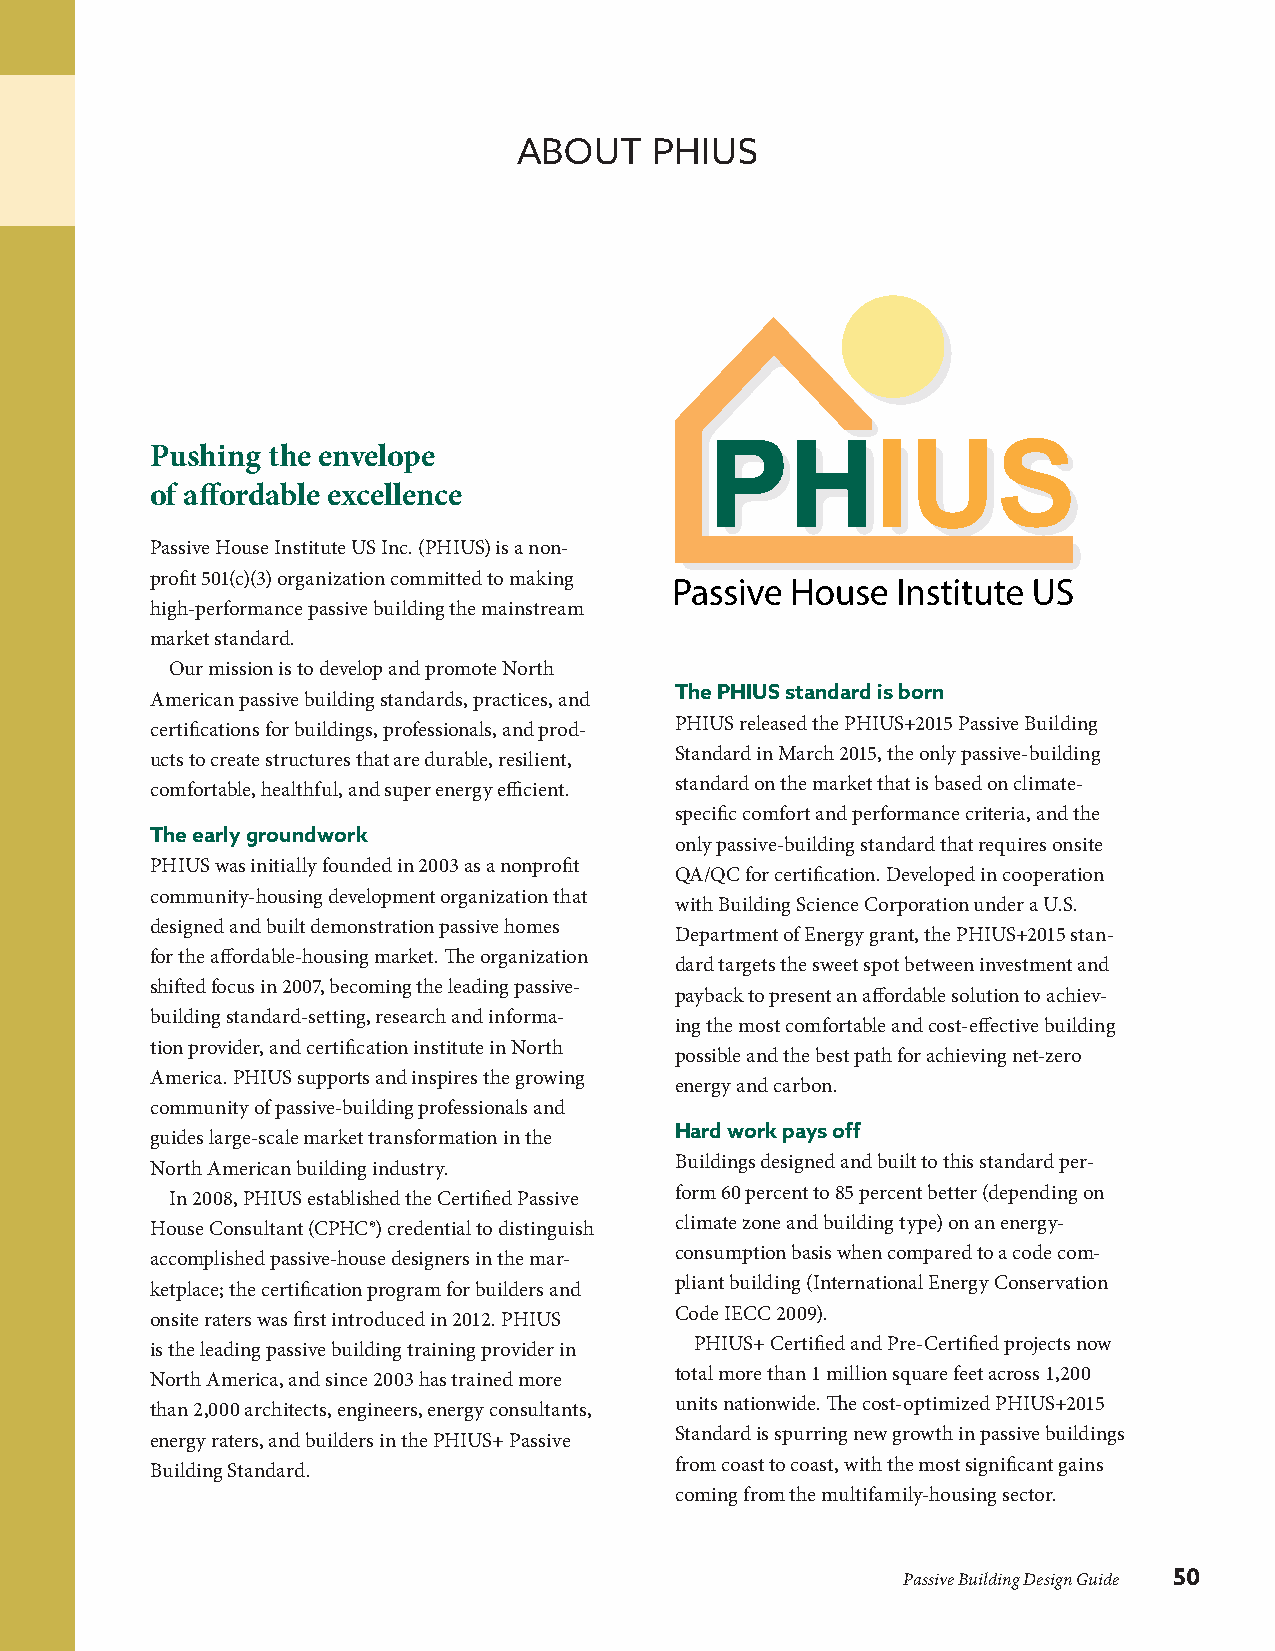
ABOUT    PHIUS
 Pushing the envelope
 of affordable excellence
 Passive House Institute US Inc. (PHIUS) is a non-
 profit 501(c)(3) organization committed to making
 high-performance passive building the mainstream
 market standard.
 Our mission is to develop and promote North
 The PHIUS standard is born
 American passive building standards, practices, and
 certifications for buildings, professionals, and prod- PHIUS released the PHIUS+2015 Passive Building
 ucts to create structures that are durable, resilient, Standard in March 2015, the only passive-building
 comfortable, healthful, and super energy efficient. standard on the market that is based on climate-
 specific comfort and performance criteria, and the
 The early groundwork
 only passive-building standard that requires onsite
 PHIUS was initially founded in 2003 as a nonprofit
 QA/QC for certification. Developed in cooperation
 community-housing development organization that
 with Building Science Corporation under a U.S.
 designed and built demonstration passive homes
 Department of Energy grant, the PHIUS+2015 stan-
 for the affordable-housing market. The organization
 dard targets the sweet spot between investment and
 shifted focus in 2007, becoming the leading passive-
 payback to present an affordable solution to achiev-
 building standard-setting, research and informa-
 ing the most comfortable and cost-effective building
 tion provider, and certification institute in North
 possible and the best path for achieving net-zero
 America. PHIUS supports and inspires the growing
 energy and carbon.
 community of passive-building professionals and
 Hard work pays off
 guides large-scale market transformation in the
 North American building industry.  Buildings designed and built to this standard per-
 In 2008, PHIUS established the Certified Passive form 60 percent to 85 percent better (depending on
 House Consultant (CPHC®) credential to distinguish climate zone and building type) on an energy-
 accomplished passive-house designers in the mar- consumption basis when compared to a code com-
 ketplace; the certification program for builders and pliant building (International Energy Conservation
 onsite raters was first introduced in 2012. PHIUS Code IECC 2009).
 is the leading passive building training provider in PHIUS+ Certified and Pre-Certified projects now
 North America, and since 2003 has trained more total more than 1 million square feet across 1,200
 than 2,000 architects, engineers, energy consultants, units nationwide. The cost-optimized PHIUS+2015
 energy raters, and builders in the PHIUS+ Passive Standard is spurring new growth in passive buildings
 Building Standard.                 from coast to coast, with the most significant gains
 coming from the multifamily-housing sector.
 Passive Building Design Guide 50